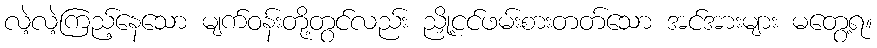
လဲ့လဲ့ကြည့်နေသော မျက်ဝန်းတို့တွင်လည်း ညှို့ငင်ဖမ်းစားတတ်သော အင်အားများ မတွေ့ရ။